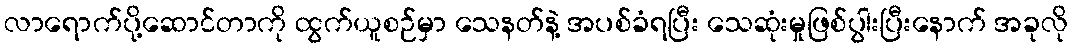
လာရောက်ပို့ဆောင်တာကို ထွက်ယူစဉ်မှာ သေနတ်နဲ့ အပစ်ခံရပြီး သေဆုံးမှုဖြစ်ပွါးပြီးနောက် အခုလို